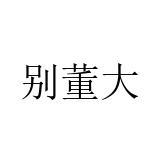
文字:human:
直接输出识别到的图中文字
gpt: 别董大